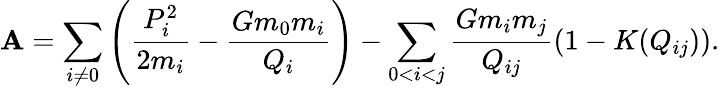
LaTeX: \mathbf{A}=\sum_{i\ne0}\left(\frac{{P_{i}^{2}}}{{2m_{i}}}-\frac{{Gm_{0}m_{i}}}{{Q_{i}}}\right)-\sum_{0<i<j}\frac{{Gm_{i}m_{j}}}{{Q_{ij}}}\left(1-K(Q_{ij})\right).